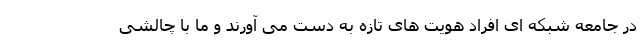
در جامعه شبکه ای افراد هویت های تازه به دست می آورند و ما با چالشی